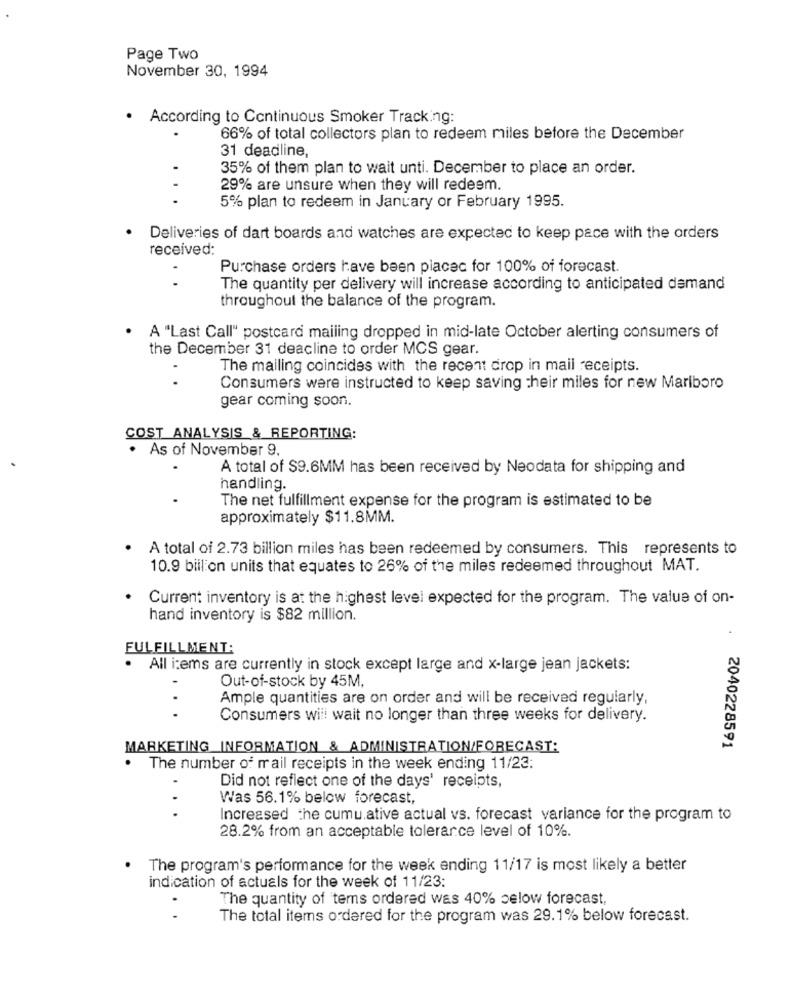
Page Two
November 30, 1994
· According to Continuous Smoker Tracking:
66% of total collectors plan to redeem miles before the December
31 deadline,
35% of them plan to wait unti. December to place an order.
29% are unsure when they will redeem.
...
5% plan to redeem in January or February 1995.
· Deliveries of dart boards and watches are expected to keep pace with the orders
received:
Purchase orders have been placed for 100% of forecast.
The quantity per delivery will increase according to anticipated demand
throughout the balance of the program.
A "Last Call" postcard mailing dropped in mid-late October alerting consumers of
the December 31 deacline to order MCS gear.
The mailing coincides with the recent drop in mail receipts.
Consumers were instructed to keep saving their miles for new Marlboro
gear coming soon.
COST ANALYSIS & REPORTING:
. As of November 9,
A total of $9.6MM has been received by Neodata for shipping and
handling.
The net fulfillment expense for the program is estimated to be
approximately $11.8MM.
A total of 2.73 billion miles has been redeemed by consumers. This represents to
10.9 billion units that equates to 26% of the miles redeemed throughout MAT.
Current inventory is at the highest level expected for the program. The value of on-
hand inventory is $82 million.
FULFILLMENT:
.
All items are currently in stock except large and x-large jean jackets:
Out-of-stock by 45M.
Ample quantities are on order and will be received regularly,
...
Consumers will wait no longer than three weeks for delivery.
MARKETING INFORMATION & ADMINISTRATION/FORECAST:
2040228591
.
The number of mail receipts in the week ending 11/23:
Did not reflect one of the days' receipts,
Was 56.1% below forecast,
...
Increased the cumu ative actual vs. forecast variance for the program to
28.2% from an acceptable tolerance level of 10%.
The program's performance for the week ending 11/17 is most likely a better
indication of actuals for the week of 11/23:
The quantity of tems ordered was 40% selow forecast,
The total items ordered for the program was 29.1% below forecast.